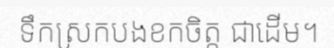
ទឹកស្រកបងខកចិត្ត ជាដើម។